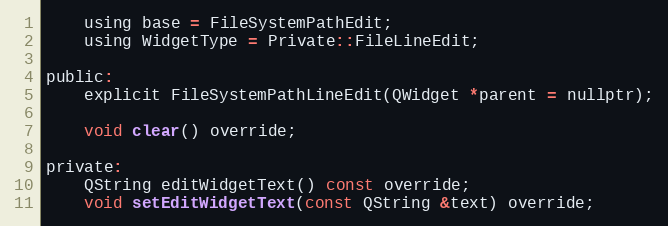
Language: C
    using base = FileSystemPathEdit;
    using WidgetType = Private::FileLineEdit;

public:
    explicit FileSystemPathLineEdit(QWidget *parent = nullptr);

    void clear() override;

private:
    QString editWidgetText() const override;
    void setEditWidgetText(const QString &text) override;